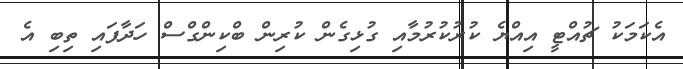
އެކަމަކު ޗުއްޓީ އިއްޔެ ކުރުކުރުމާއި ގުޅިގެން ކުރިން ބްކިންގްސް ހަދާފައި ތިބި އެ